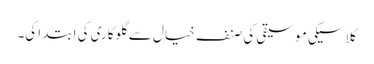
کلاسیکی موسیقی کی صنف خیال سے گلوکاری کی ابتدا کی۔